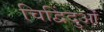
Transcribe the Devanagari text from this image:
चिद्विंदुओं